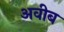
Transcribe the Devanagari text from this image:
अवीब